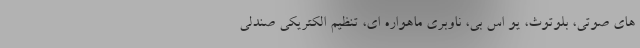
های صوتی، بلوتوث، یو اس بی، ناوبری ماهواره ای، تنظیم الکتریکی صندلی